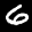
Label: 6